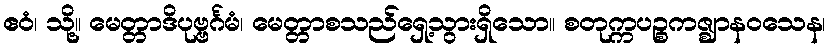
ဧဝံ၊ သို့။ မေတ္တာဒိပုဗ္ဗင်္ဂမံ၊ မေတ္တာစသည်ရှေ့သွားရှိသော။ စတုက္ကပဉ္စကဇ္ဈာနဝသေန၊